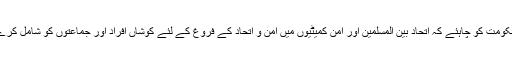
حکومت کو چاہئے کہ اتحاد بین المسلمین اور امن کمیٹیوں میں امن و اتحاد کے فروغ کے لئے کوشاں افراد اور جماعتوں کو شامل کرے۔